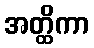
အတ္ထိကာ